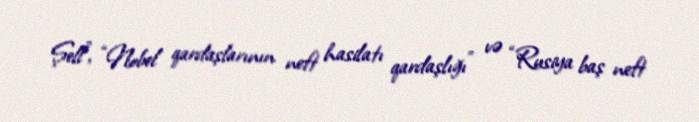
Şell”, “Nobel qardaşlarının neft hasilatı qardaşlığı” və “Rusiya baş neft